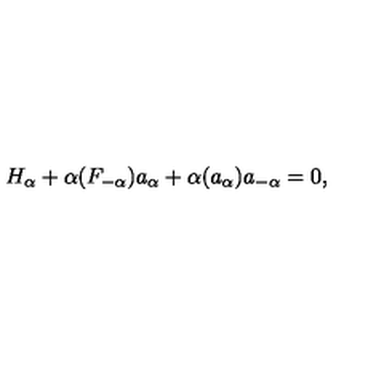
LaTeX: H _ { \alpha } + \alpha ( F _ { - \alpha } ) a _ { \alpha } + \alpha ( a _ { \alpha } ) a _ { - \alpha } = 0 ,